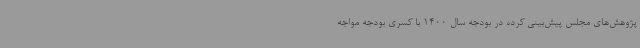
پژوهش‌های مجلس پیش‌بینی کرده در بودجه سال 1400 با کسری بودجه مواجه